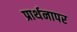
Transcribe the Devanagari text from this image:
प्रार्थनापर